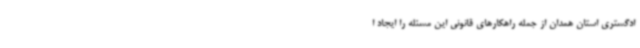
ادگستری استان همدان از جمله راهکارهای قانونی این مسئله را ایجاد ا